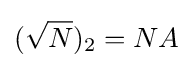
({\sqrt {N}})_{2}=NA